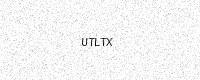
Text: UTLTX